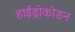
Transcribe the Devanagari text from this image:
हाईड्रोकोडन